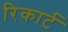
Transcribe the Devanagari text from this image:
रिकार्ट